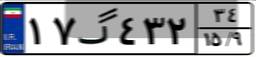
۱۷گ۴۳۲۳۴